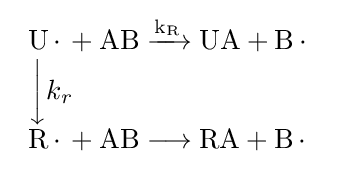
{\begin{array}{l}{\mathrm {U} \,{\cdot }\,{}+{}\mathrm {AB} {}\mathrel {\xrightarrow {\mathrm {k} {\vphantom {A}}_{\smash[{t}]{\mathrm {R} }}} } {}{\text{UA}}{}+{}\mathrm {B} \,{\cdot }\,}\\{\bigg \downarrow }{k_{r}}\\{\mathrm {R} \,{\cdot }\,{}+{}\mathrm {AB} {}\mathrel {\longrightarrow } {}{\text{RA}}{}+{}\mathrm {B} \,{\cdot }\,}\end{array}}